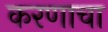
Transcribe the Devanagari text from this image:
करणाचा